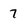
Character: 7